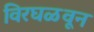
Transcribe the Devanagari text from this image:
विरघळवून